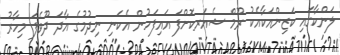
ލަންކާގައި ކަޒިންއަކާއެކު ރޫމް ޝެއަރކޮށްފަ އައިފަހުން އެކަނި ނިދުމުގެ އާދަ ދޫވެފަ މިހާރު